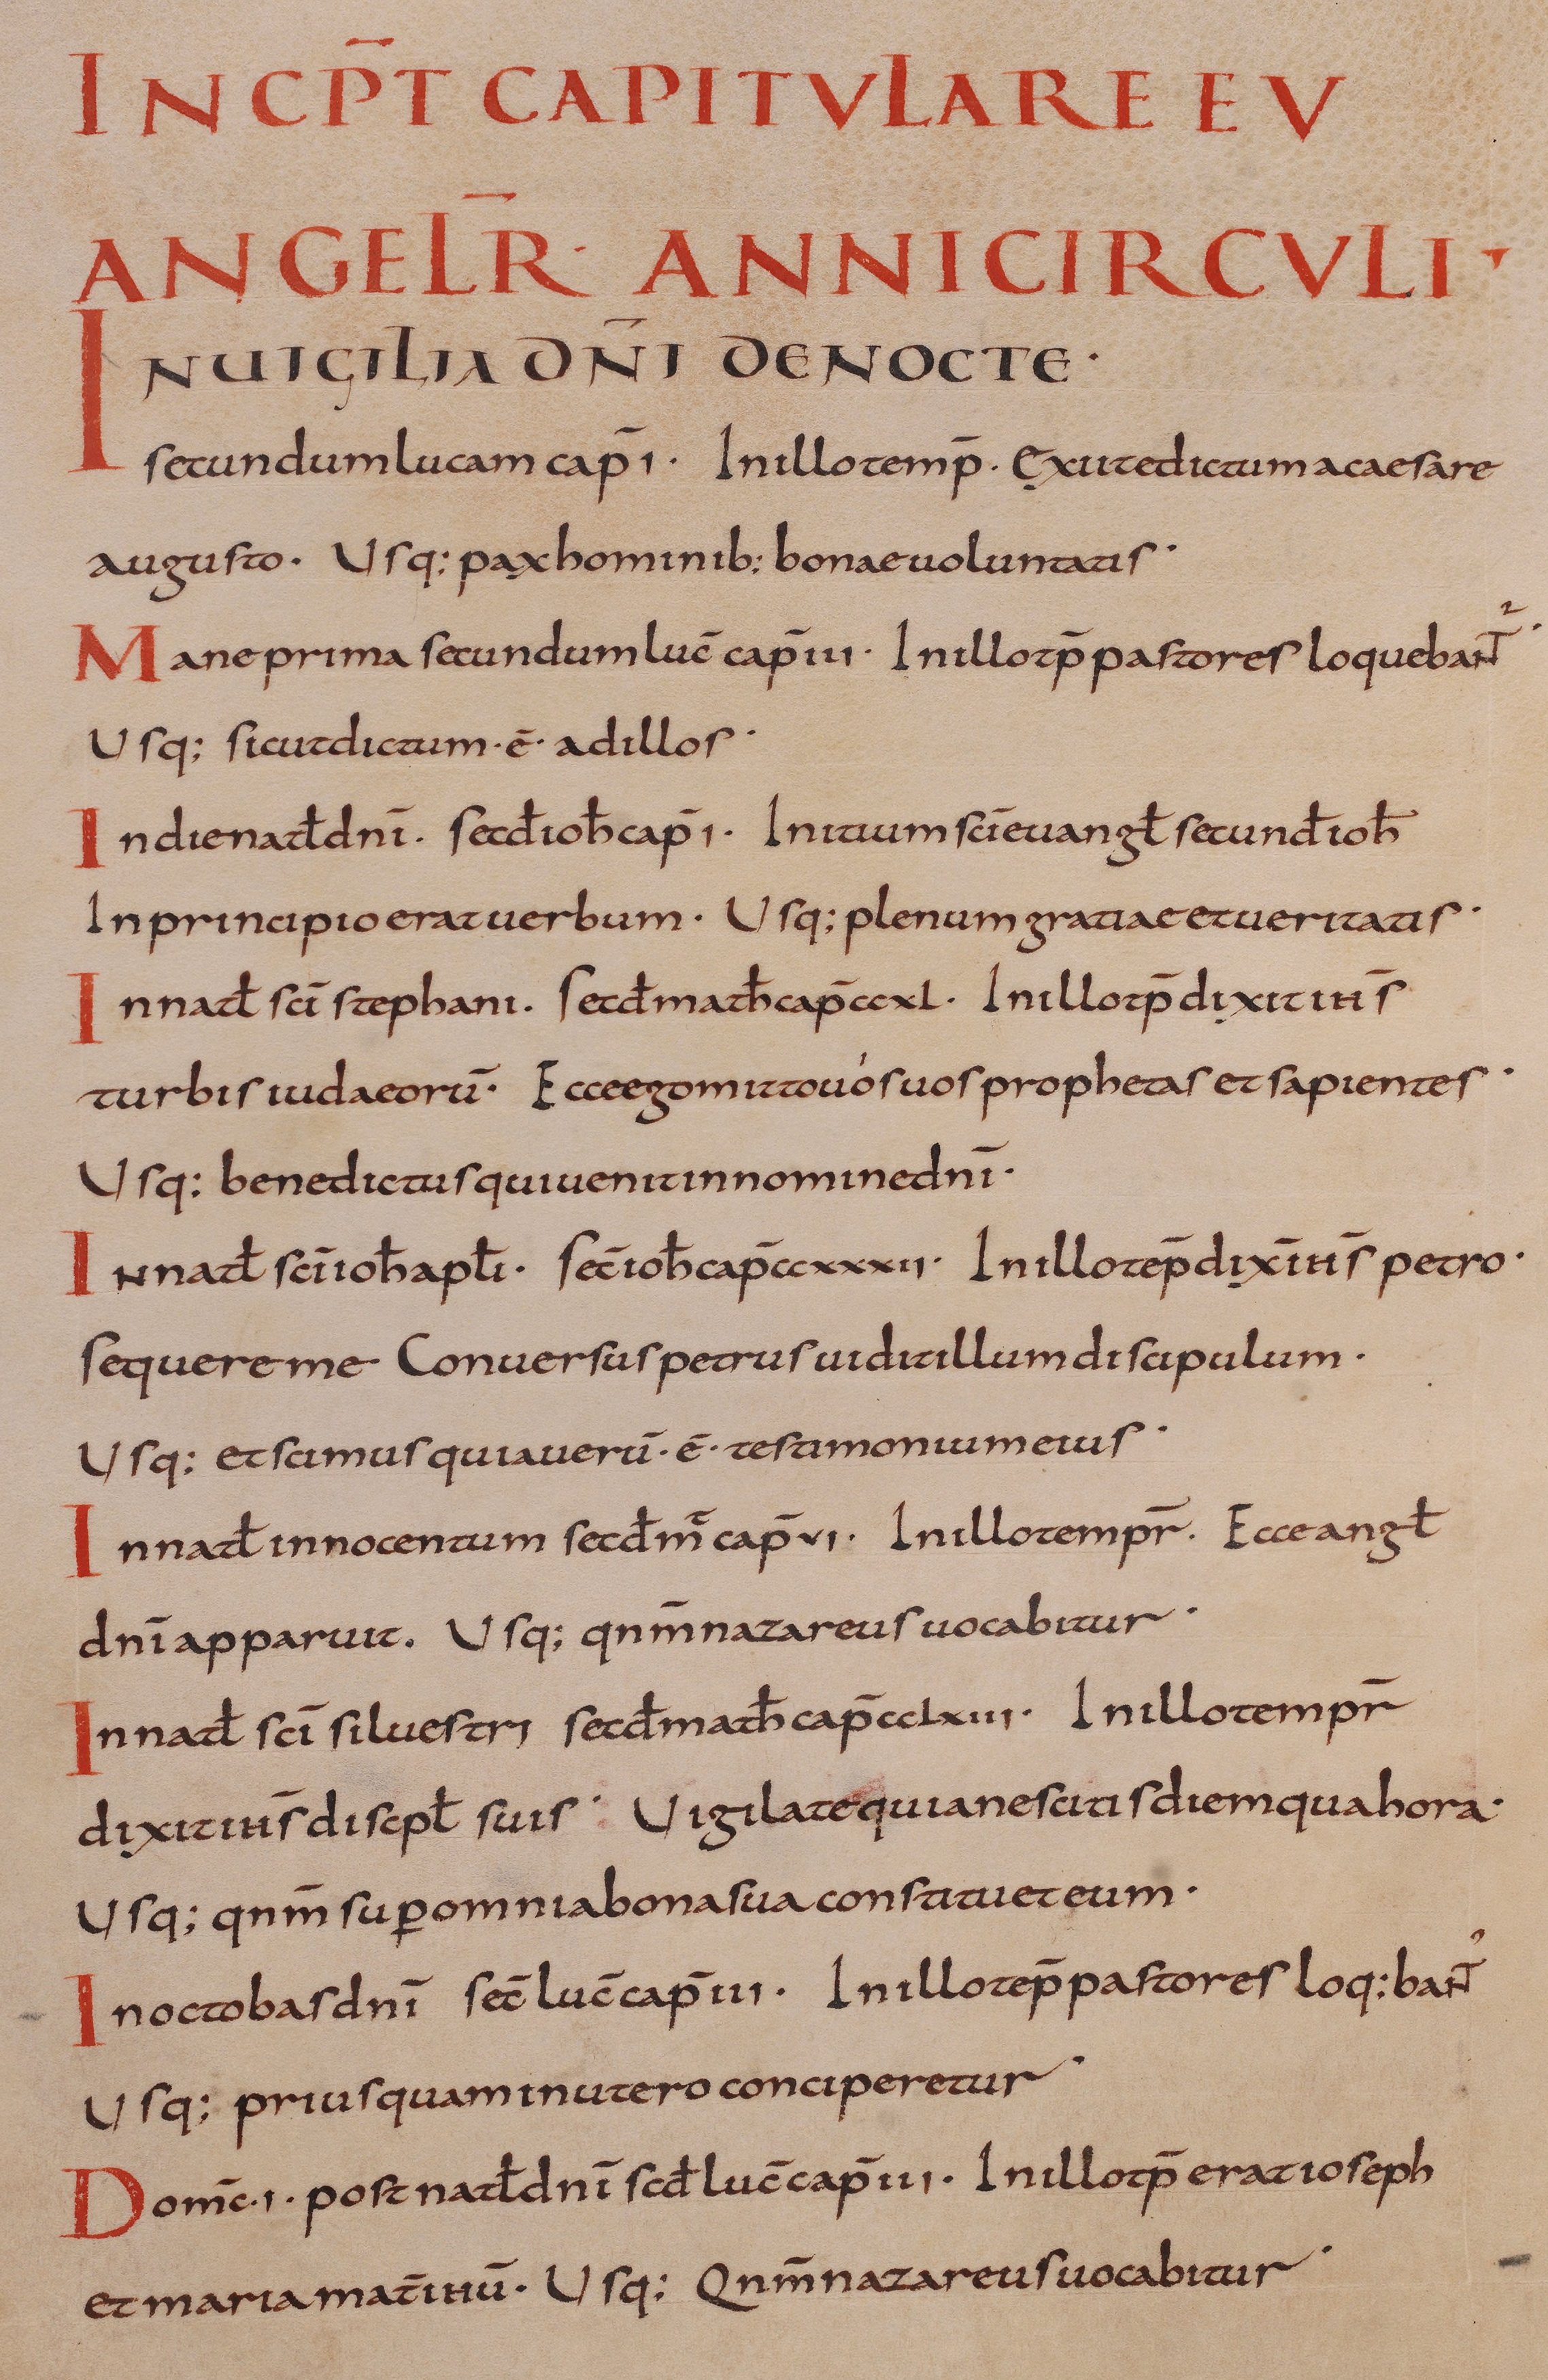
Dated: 800–899